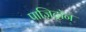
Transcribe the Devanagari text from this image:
पाज़िट्रॉन